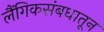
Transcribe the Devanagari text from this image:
लैंगिकसंबधातून